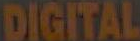
DIGITAL